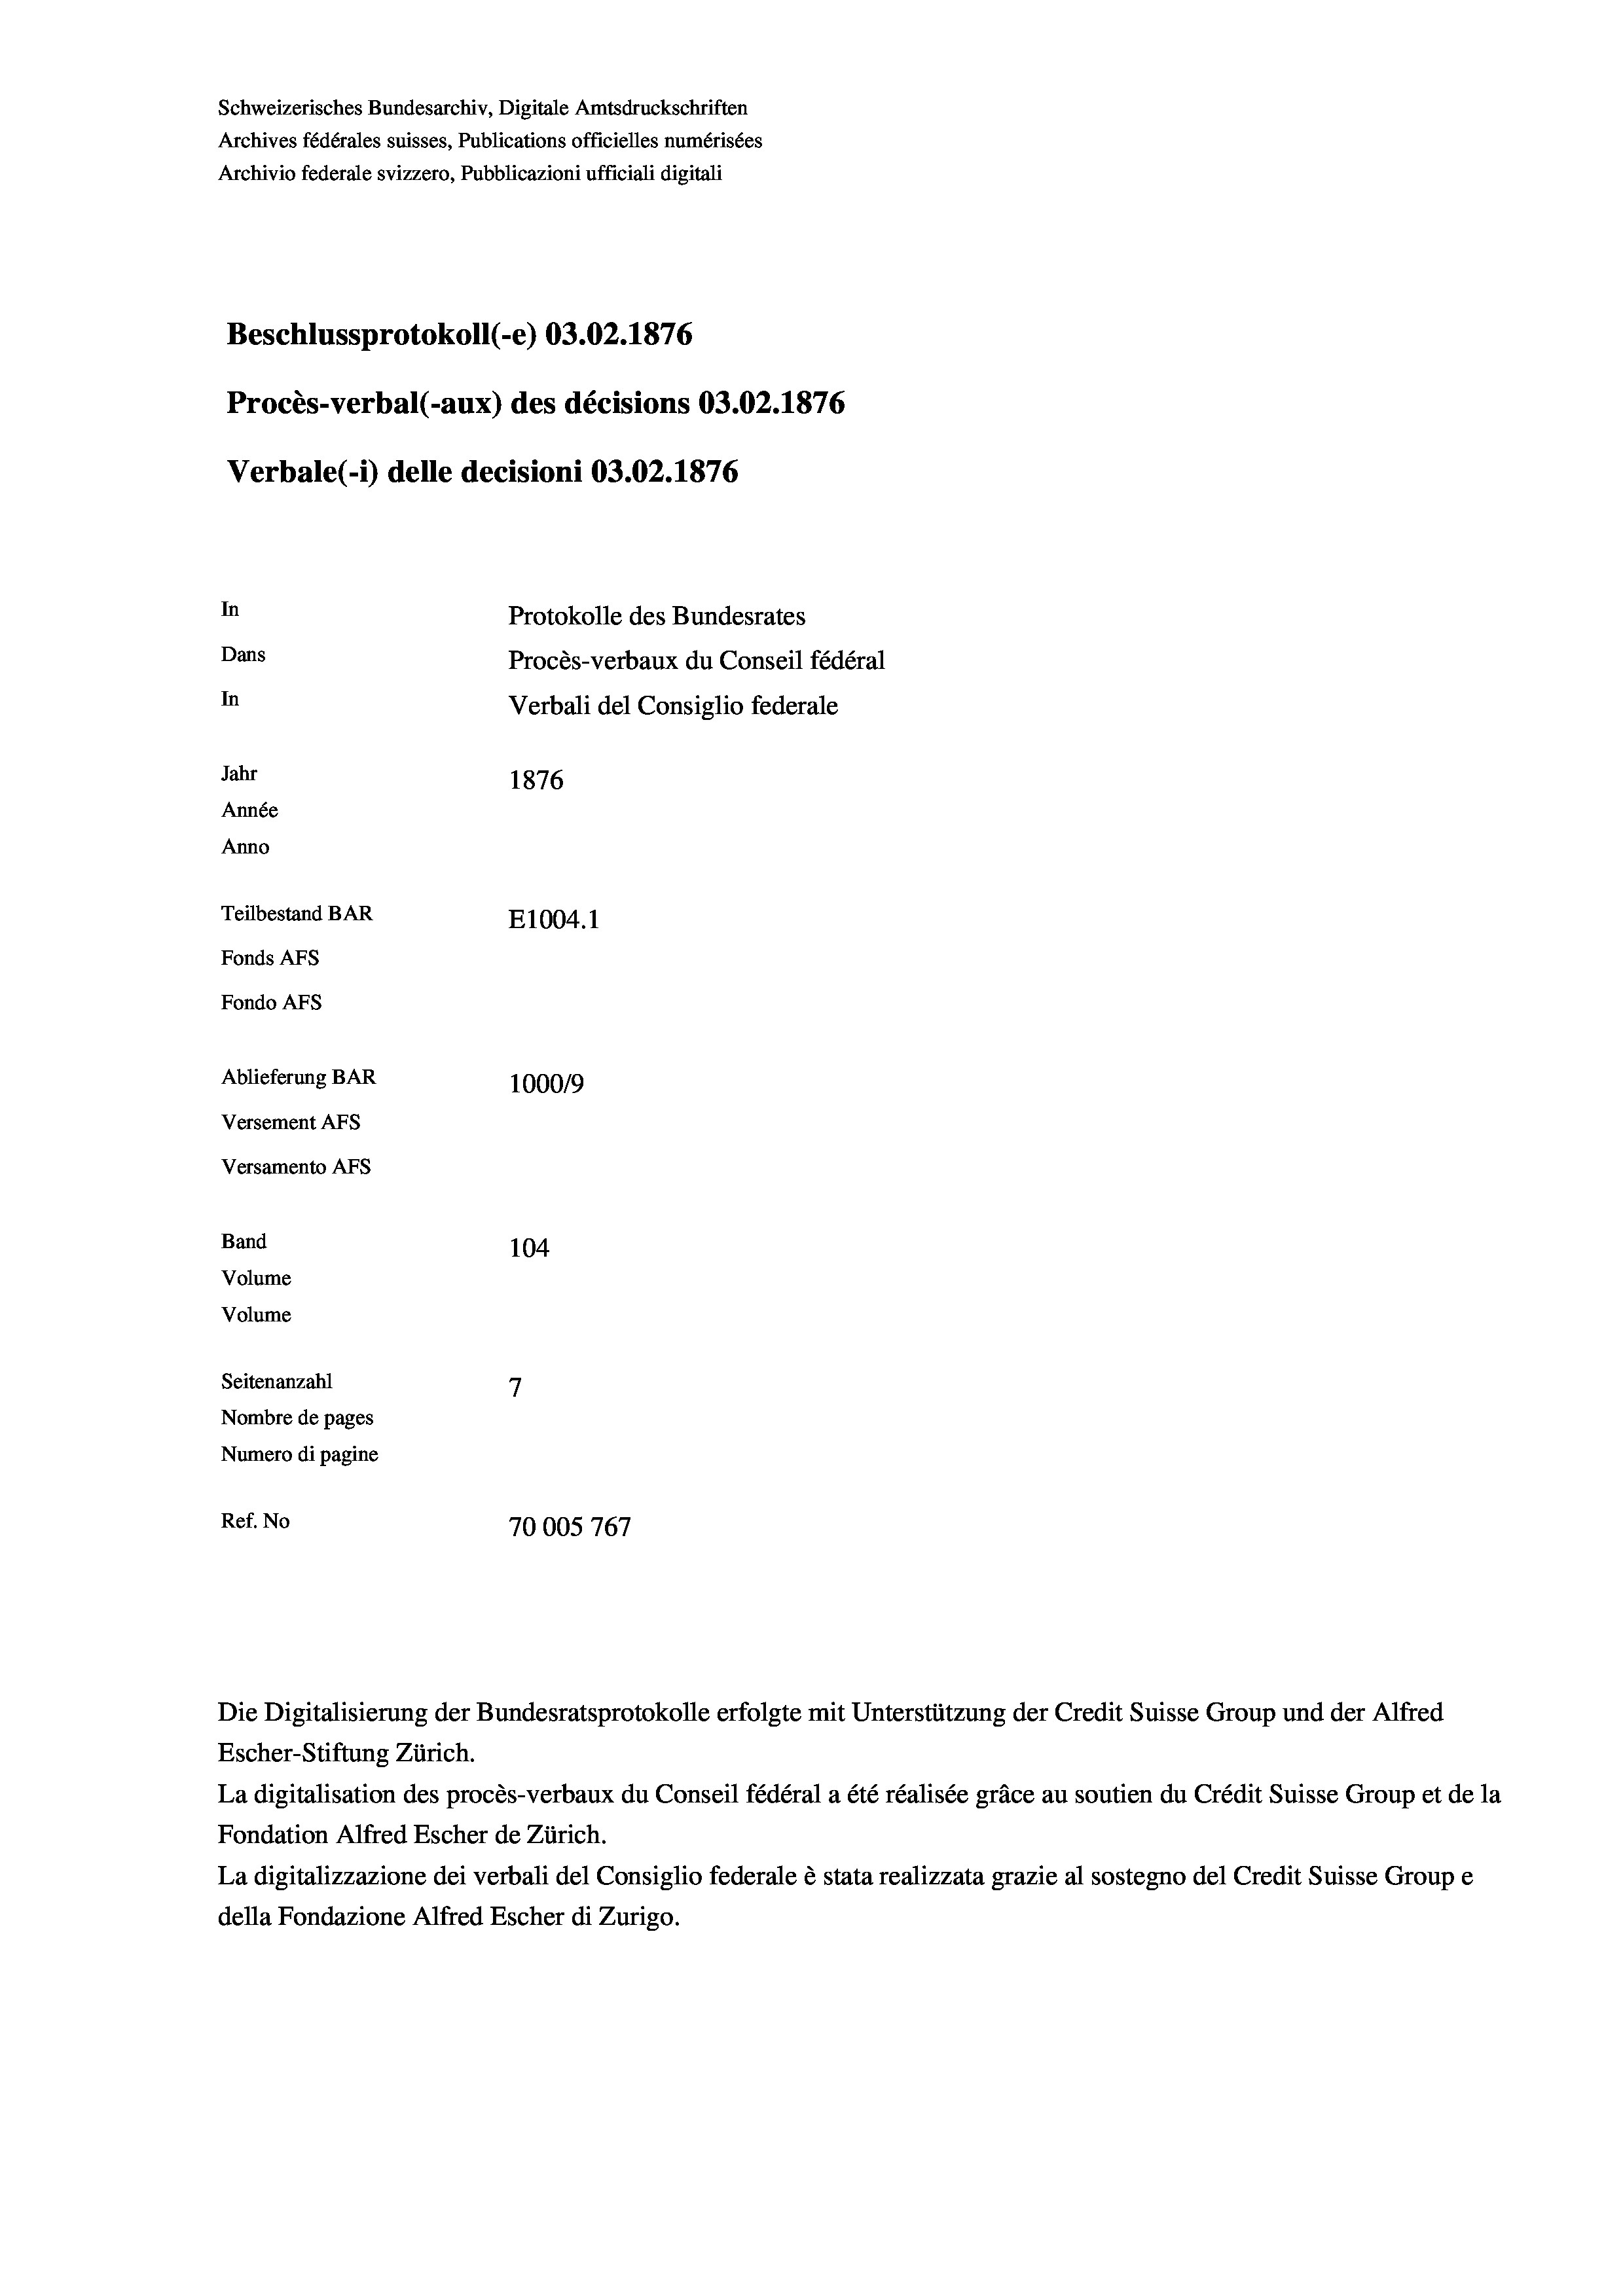
Schweizerisches Bundesarchiv, Digitale Amtsdruckschriften
Archives fédérales suisses, Publications officielles numérisées
Archivio federale svizzero, Pubblicazioni ufficiali digitali
Beschlussprotokoll (-e) 03.02. 1876
Procès-verbal (-aux) des décisions 03.02. 1876
Verbale (- 1) delle decisioni 03.02. 1876
In
Protokolle des Bundesrates
Dans
Procès-verbaux du Conseil fédéral
In
Verbali del Consiglio federale
Jahr
1876
Année
Anno
Teilbestand BAR
E1004.1
Fonds AFs
Fondo AFS
Ablieferung BAR
1000/9
Versement AFS
Versamento AFs
Band
104
Volume
Volume

7
Seitenanzahl
Nombre de pages
Numero di pagine
Ref. No
70005767

Die Digitalisierung der Bundesratsprotokolle erfolgte mit Unterstützung der Credit Suisse Group und der Alfred
Escher-Stiftung Zürich.
La digitalisation des procès-verbaux du Conseil fédéral a été réalisée gräce au soutien du Crédit Suisse Group et de la
Fondation Alfred Escher de Zürich.
La digitalizzazione dei verbali del Consiglio federale è stata realizzata grazie al sostegno del Credit Suisse Groupe
della Fondazione Alfred Escher di Zurigo.